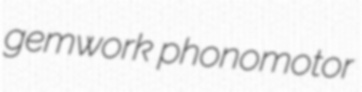
gemwork phonomotor